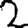
Digit: 2